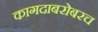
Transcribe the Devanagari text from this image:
कागदाबरोबरच